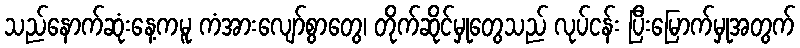
သည်နောက်ဆုံးနေ့ကမူ ကံအားလျော်စွာတွေ၊ တိုက်ဆိုင်မှုတွေသည် လုပ်ငန်း ပြီးမြောက်မှုအတွက်